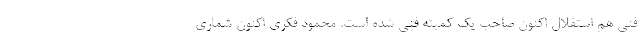
فنی هم استقلال اکنون صاحب یک کمیته فنی شده است. محمود فکری اکنون شماری